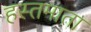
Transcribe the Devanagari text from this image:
हस्तमाता